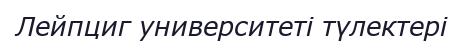
Лейпциг университеті түлектері